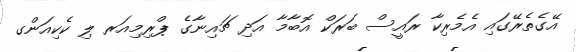
އޭގެތެރޭގައި އެމެރިކާ ރައީސް ބަރަކް އޮބާމާ އަދި ޗައިނާގެ ޕްރިމިއަރ ލި ކެކިއަންގ